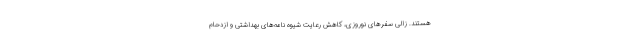
هستند. زالی سفرهای نوروزی، کاهش رعایت شیوه نامه‌های بهداشتی و ازدحام